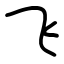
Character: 飞